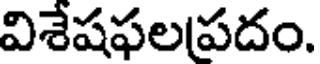
విశేషఫలపదం.